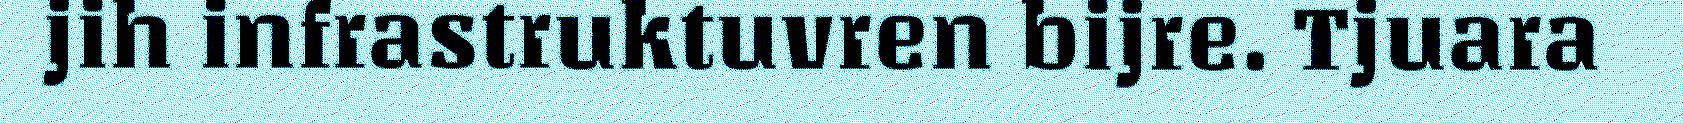
jih infrastruktuvren bijre. Tjuara